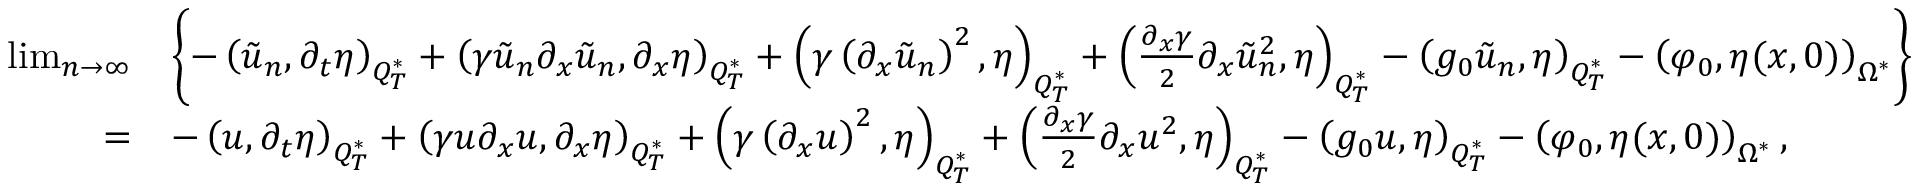
\begin{array} { r l } { \operatorname* { l i m } _ { n \rightarrow \infty } } & { \left\{ - \left( \tilde { u } _ { n } , \partial _ { t } \eta \right) _ { Q _ { T } ^ { * } } + \left( \gamma \tilde { u } _ { n } \partial _ { x } \tilde { u } _ { n } , \partial _ { x } \eta \right) _ { Q _ { T } ^ { * } } + \left( \gamma \left( \partial _ { x } \tilde { u } _ { n } \right) ^ { 2 } , \eta \right) _ { Q _ { T } ^ { * } } + \left( \frac { \partial _ { x } \gamma } { 2 } \partial _ { x } \tilde { u } _ { n } ^ { 2 } , \eta \right) _ { Q _ { T } ^ { * } } - \left( g _ { 0 } \tilde { u } _ { n } , \eta \right) _ { Q _ { T } ^ { * } } - \left( \varphi _ { 0 } , \eta ( x , 0 ) \right) _ { \Omega ^ { * } } \right\} } \\ { = } & { - \left( u , \partial _ { t } \eta \right) _ { Q _ { T } ^ { * } } + \left( \gamma u \partial _ { x } u , \partial _ { x } \eta \right) _ { Q _ { T } ^ { * } } + \left( \gamma \left( \partial _ { x } u \right) ^ { 2 } , \eta \right) _ { Q _ { T } ^ { * } } + \left( \frac { \partial _ { x } \gamma } { 2 } \partial _ { x } u ^ { 2 } , \eta \right) _ { Q _ { T } ^ { * } } - \left( g _ { 0 } u , \eta \right) _ { Q _ { T } ^ { * } } - \left( \varphi _ { 0 } , \eta ( x , 0 ) \right) _ { \Omega ^ { * } } , } \end{array}